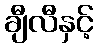
ချီလီနှင့်